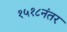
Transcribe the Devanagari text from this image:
१५१८नंतर